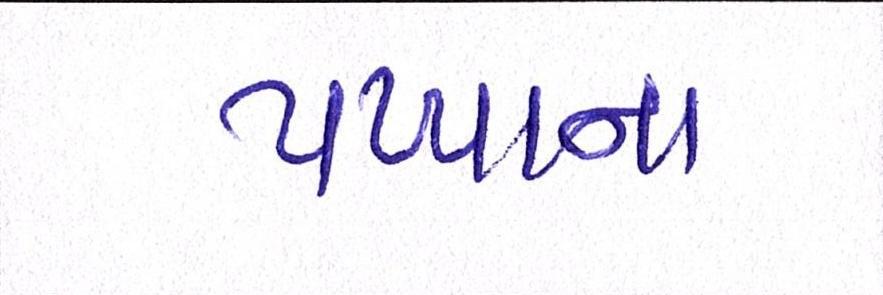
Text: પપ્પાના